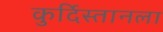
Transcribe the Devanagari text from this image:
कुर्दिस्तानला